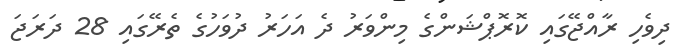
ދިވެހި ރާއްޖޭގައި ކޮރޮޕްޝަންގެ މިންވަރު ދެ އަހަރު ދުވަހުގެ ތެރޭގައި 28 ދަރަޖަ